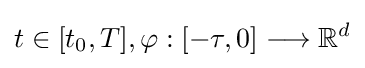
t\in [t_{0},T],\mathbf {\varphi } :[-\tau ,0]\longrightarrow \mathbb {R} ^{d}